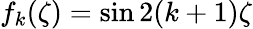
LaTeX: f_{k}(\zeta)=\sin 2{(k+1)}\zeta